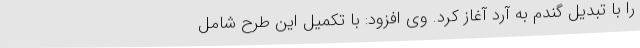
را با تبدیل گندم به آرد آغاز کرد. وی افزود: با تکمیل این طرح شامل